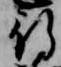
行